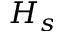
H _ { s }